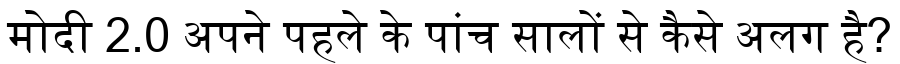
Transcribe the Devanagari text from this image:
मोदी 2.0 अपने पहले के पांच सालों से कैसे अलग है?